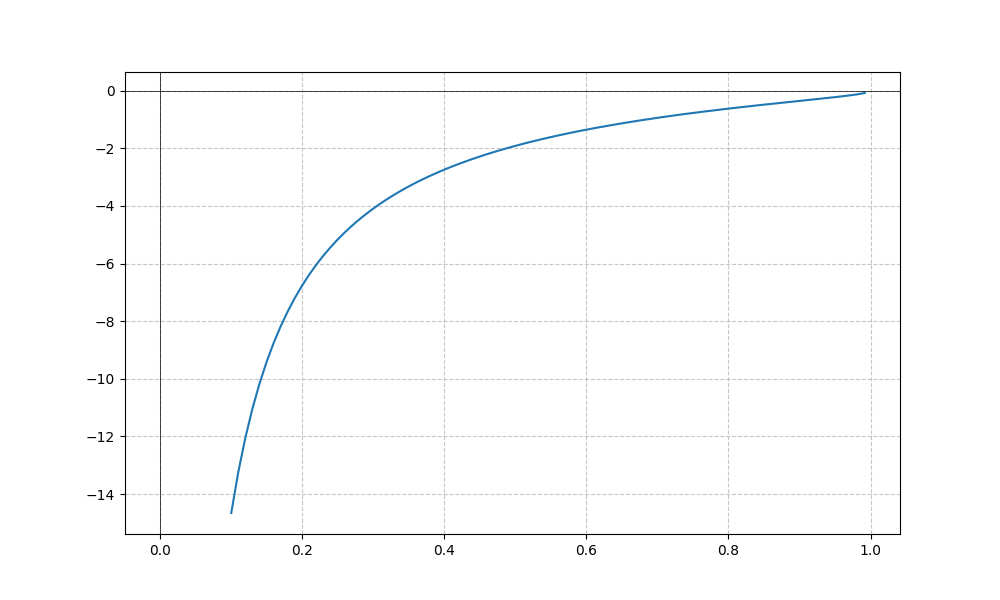
LaTeX formula: - \cot{\left(x \right)} \operatorname{acos}{\left(x \right)}